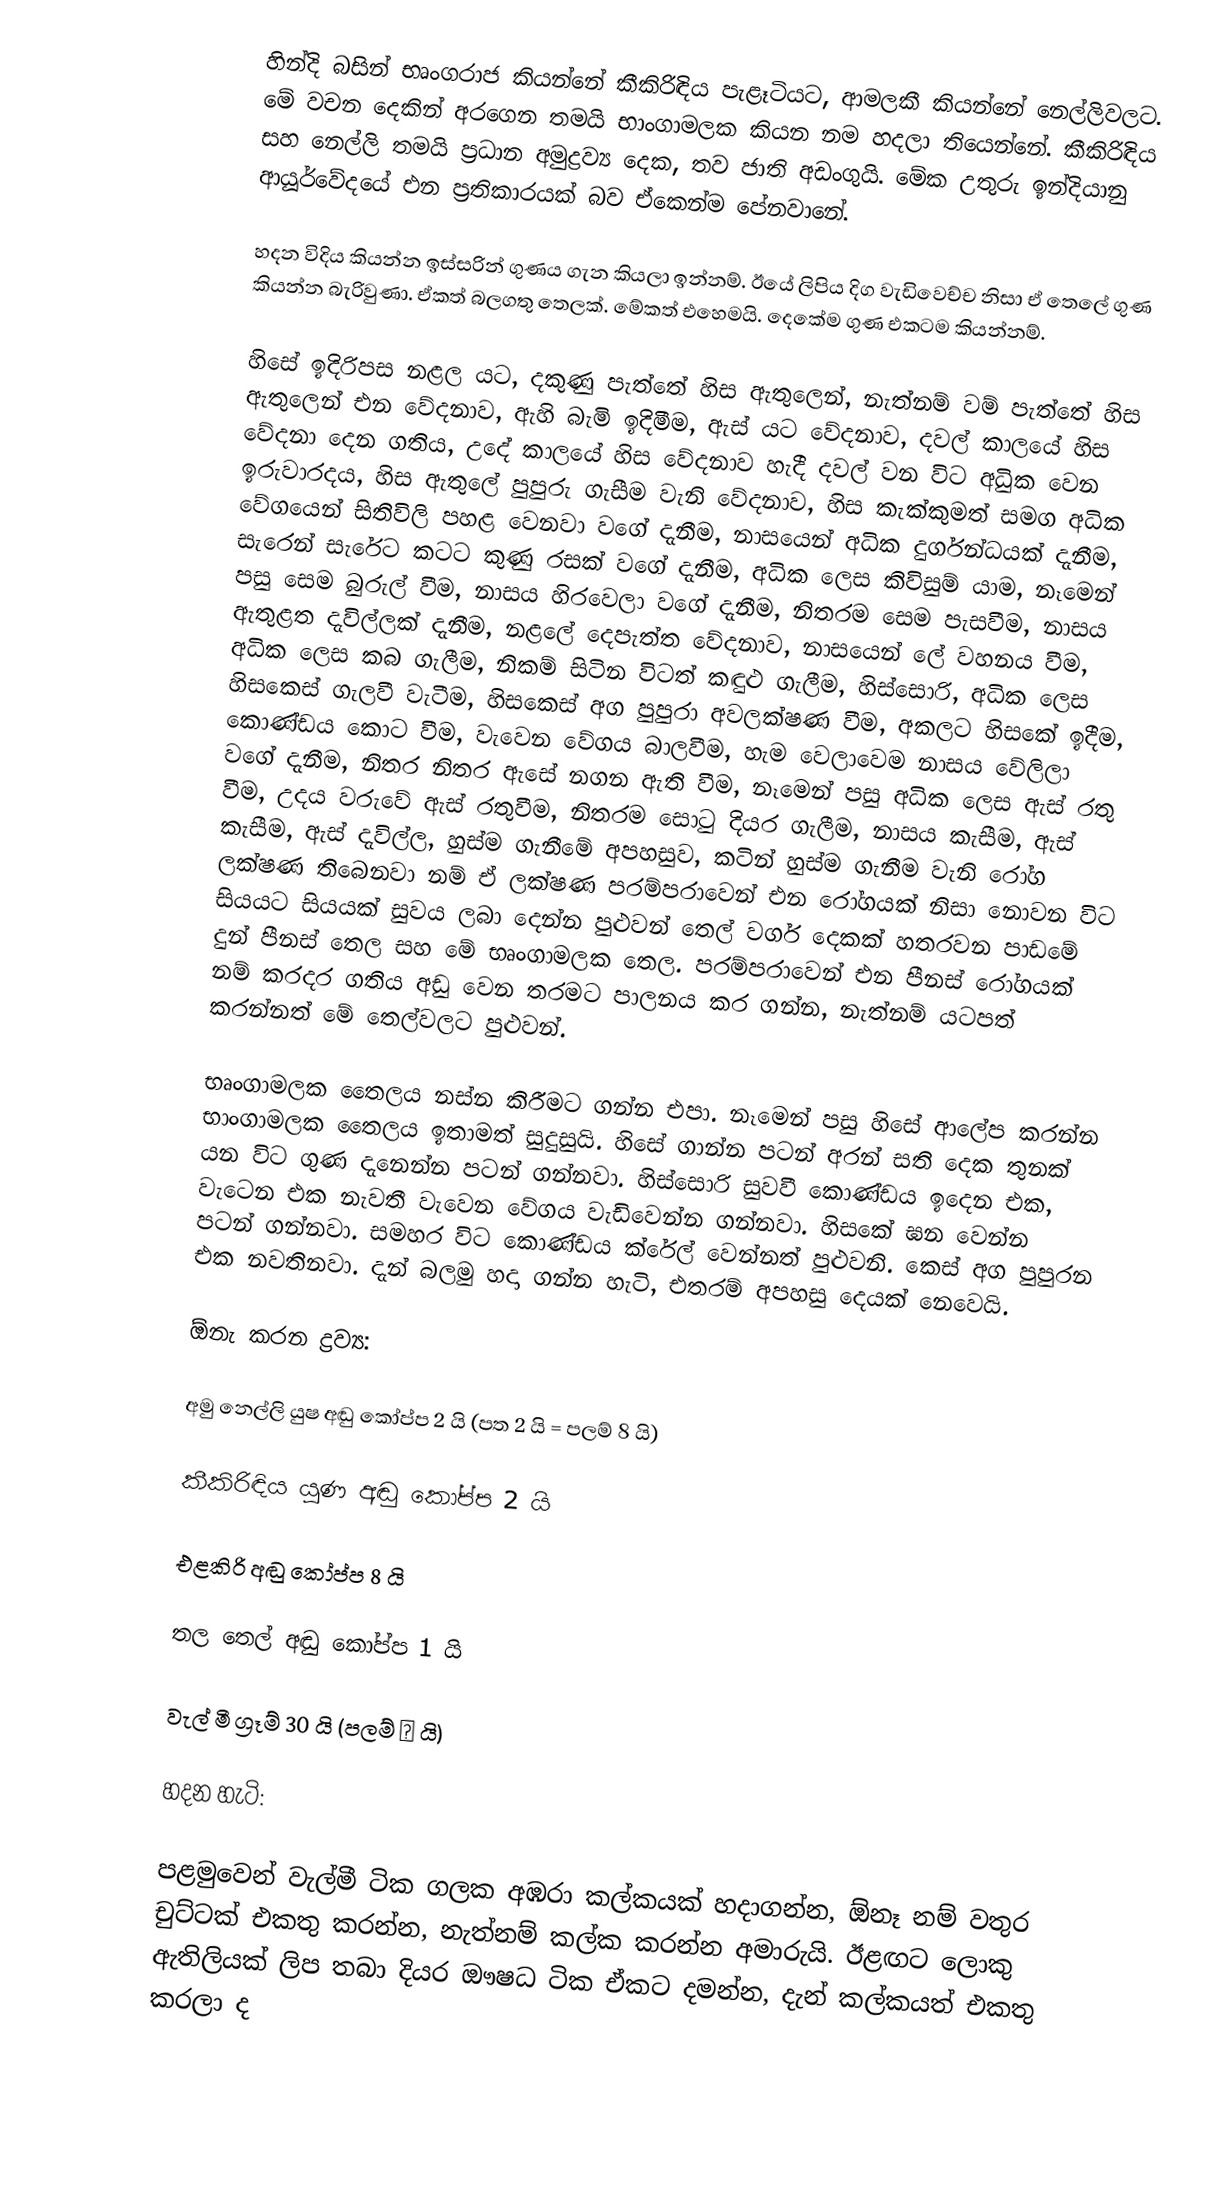
හින්දි බසින් භෘංගරාජ කියන්නේ කීකිරිඳිය පැළෑටියට, ආමලකී කියන්නේ නෙල්ලිවලට. මේ වචන දෙකින් අරගෙන තමයි භාංගාමලක කියන නම හදලා තියෙන්නේ. කීකිරිඳිය සහ නෙල්ලි තමයි ප්‍රධාන අමුද්‍රව්‍ය දෙක, තව ජාති අඩංගුයි. මේක උතුරු ඉන්දියානු ආයූර්වේදයේ එන ප්‍රතිකාරයක් බව ඒකෙන්ම පේනවානේ.

හදන විදිය කියන්න ඉස්සරින් ගුණය ගැන කියලා ඉන්නම්. ඊයේ ලිපිය දිග වැඩිවෙච්ච නිසා ඒ තෙලේ ගුණ කියන්න බැරිවුණා. ඒකත් බලගතු තෙලක්. මේකත් එහෙමයි. දෙකේම ගුණ එකටම කියන්නම්.

හිසේ ඉදිරිපස නළල යට, දකුණු පැත්තේ හිස ඇතුලෙන්, නැත්නම් වම් පැත්තේ හිස ඇතුලෙන් එන වේදනාව, ඇහි බැමි ඉදිමීම, ඇස් යට වේදනාව, දවල් කාලයේ හිස වේදනා දෙන ගතිය, උදේ කාලයේ හිස වේදනාව හැදී දවල් වන විට අුධික වෙන ඉරුවාරදය, හිස ඇතුලේ පුපුරු ගැසීම වැනි වේදනාව, හිස කැක්කුමත් සමග අධික වේගයෙන් සිතිවිලි පහළ වෙනවා වගේ දැනීම, නාසයෙන් අධික දුර්ගන්ධයක් දැනීම, සැරෙන් සැරේට කටට කුණු රසක් වගේ දැනීම, අධික ලෙස කිවිසුම් යාම, නෑමෙන් පසු සෙම බුරුල් වීම, නාසය හිරවෙලා වගේ දැනීම, නිතරම සෙම පැසවීම, නාසය ඇතුළත දැවිල්ලක් දැනීම, නළලේ දෙපැත්ත වේදනාව, නාසයෙන් ලේ වහනය වීම, අධික ලෙස කබ ගැලීම, නිකම් සිටින විටත් කඳුළු ගැලීම, හිස්සොරි, අධික ලෙස හිසකෙස් ගැලවී වැටීම, හිසකෙස් අග පුපුරා අවලක්ෂණ වීම, අකලට හිසකේ ඉදීම, කොණ්ඩය කොට වීම, වැවෙන වේගය බාලවීම, හැම වෙලාවෙම නාසය වේලිලා වගේ දැනීම, නිතර නිතර ඇසේ නගන ඇති වීම, නෑමෙන් පසු අධික ලෙස ඇස් රතු වීම, උදය වරුවේ ඇස් රතුවීම, නිතරම සොටු දියර ගැලීම, නාසය කැසීම, ඇස් කැසීම, ඇස් දැවිල්ල, හුස්ම ගැනීමේ අපහසුව, කටින් හුස්ම ගැනීම වැනි රෝග ලක්ෂණ තිබෙනවා නම් ඒ ලක්ෂණ පරම්පරාවෙන් එන රෝගයක් නිසා නොවන විට සියයට සියයක් සුවය ලබා දෙන්න පුළුවන් තෙල් වර්ග දෙකක් හතරවන පාඩමේ දුන් පීනස් තෙල සහ මේ භෘංගාමලක තෙල. පරම්පරාවෙන් එන පීනස් රෝගයක් නම් කරදර ගතිය අඩු වෙන තරමට පාලනය කර ගන්න, නැත්නම් යටපත් කරන්නත් මේ තෙල්වලට පුළුවන්.

භෘංගාමලක තෛලය නස්න කිරීමට ගන්න එපා. නෑමෙන් පසු හිසේ ආලේප කරන්න භාංගාමලක තෛලය ඉතාමත් සුදුසුයි. හිසේ ගාන්න පටන් අරන් සති දෙක තුනක් යන විට ගුණ දැනෙන්න පටන් ගන්නවා.  හිස්සොරි සුවවී කොණ්ඩය ඉදෙන එක, වැටෙන එක නැවතී වැවෙන වේගය වැඩිවෙන්න ගන්නවා. හිසකේ ඝන වෙන්න පටන් ගන්නවා. සමහර විට කොණ්ඩය ක්රේල් වෙන්නත් පුළුවනි. කෙස් අග පුපුරන එක නවතිනවා. දැන් බලමු හදා ගන්න හැටි, එතරම් අපහසු දෙයක් නෙවෙයි.

ඕනැ කරන ද්‍රව්‍ය:

අමු නෙල්ලි යුෂ අඬු කෝප්ප 2 යි (පත 2 යි = පලම් 8 යි)

කීකිරිඳිය යුණ අඬු කෝප්ප 2 යි

එළකිරි අඬු කෝප්ප 8 යි

තල තෙල් අඬු කෝප්ප 1 යි

වැල් මී ග්‍රෑම් 30 යි (පලම් ½ යි)

හදන හැටි:

පළමුවෙන් වැල්මී ටික ගලක අඹරා කල්කයක් හදාගන්න, ඕනෑ නම් වතුර චුට්ටක් එකතු කරන්න, නැත්නම් කල්ක කරන්න අමාරුයි. ඊළඟට ලොකු ඇතිලියක් ලිප තබා දියර ඖෂධ ටික ඒකට දමන්න, දැන් කල්කයත් එකතු කරලා ද